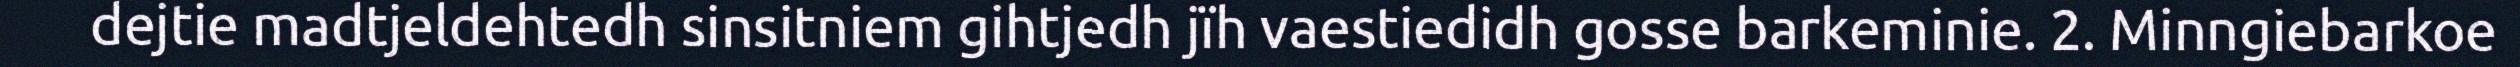
dejtie madtjeldehtedh sinsitniem gihtjedh jïh vaestiedidh gosse barkeminie. 2. Minngiebarkoe